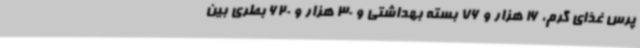
پرس غذای گرم، 16 هزار و 76 بسته بهداشتی و 30 هزار و 620 بطری بین